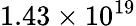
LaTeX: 1.43\times 10^{19}